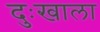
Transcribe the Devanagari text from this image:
दुःखाला